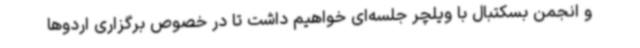
و انجمن بسکتبال با ویلچر جلسه‌ای خواهیم داشت تا در خصوص برگزاری اردوها